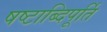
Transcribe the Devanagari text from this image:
षष्टाब्दिपूर्ति